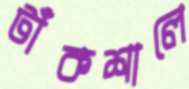
টাঁকশালে